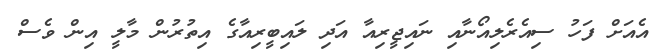
އެއަށް ފަހު ސިއެރެލިއޯނާއި ނައިޖީރިއާ އަދި ލައިބީރިއާގެ އިތުރުން މާލީ އިން ވެސް